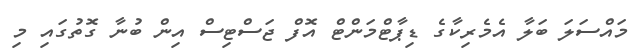
މައްސަލަ ބަލާ އެމެރިކާގެ ޑިޕާޓްމަންޓް އޮފް ޖަސްޓިސް އިން ބުނާ ގޮތުގައި މި